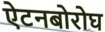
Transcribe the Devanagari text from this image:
ऐटनबोरोघ